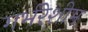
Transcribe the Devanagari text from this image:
गर्भरेशीम